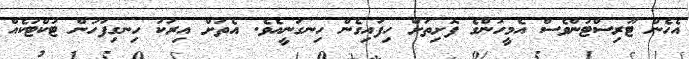
އެހެން ޓޫރިސްޓުންވެސް އެމީހުންގެ ފޮށިތަށް ހިފައިގެން ހިނގަނީއެވެ. އެތަށް އިރަކު ހިނގިފަހުން ޓުކްޓުކެއް